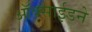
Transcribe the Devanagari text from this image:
ऑक्साईडने